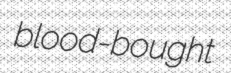
blood-bought